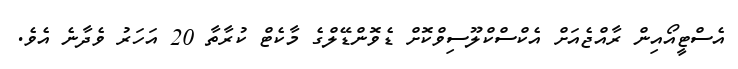
އެސްޓީއޯއިން ރާއްޖެއަށް އެކްސްކްލޫސިވްކޮށް ޑެވޮންޑޭލްގެ މާކެޓް ކުރާތާ 20 އަހަރު ވެދާނެ އެވެ.